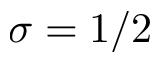
\sigma = 1 / 2